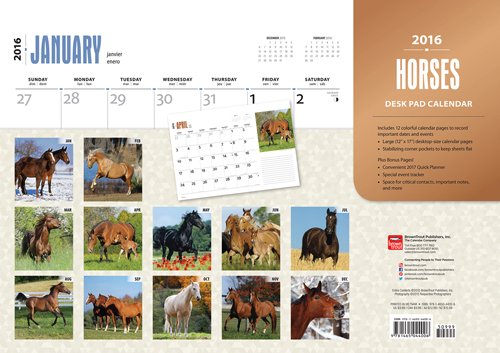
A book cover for Horses 2016 Desk Pad; Browntrout Publishers; Calendars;